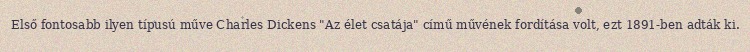
Első fontosabb ilyen típusú műve Charles Dickens "Az élet csatája" című művének fordítása volt, ezt 1891-ben adták ki.